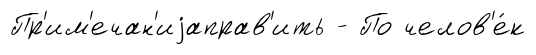
Пр'им'ечан'иjаправ'ить - По челов'е́к